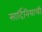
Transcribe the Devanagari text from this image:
सार्दिनियाची